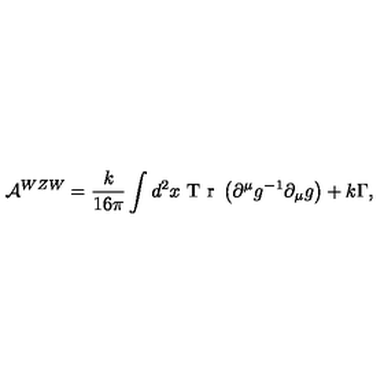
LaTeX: { \cal A } ^ { W Z W } = \frac { k } { 1 6 \pi } \int d ^ { 2 } x \textrm { T r } \left( \partial ^ { \mu } g ^ { - 1 } \partial _ { \mu } g \right) + k \Gamma ,